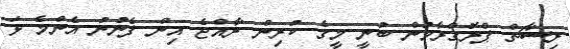
ރިސާޗް ޕްރޮގްރާމުން ބުނީ މީގެ ކުރިން ރާއްޖެ އިން ފެނުނު އެންމެ ޅަ